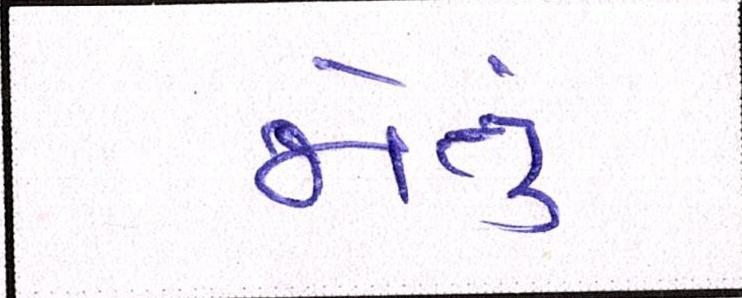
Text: જોતું